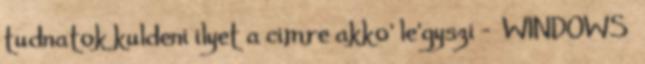
tudnatok kuldeni ilyet a cimre akko' le'gyszi - WINDOWS